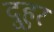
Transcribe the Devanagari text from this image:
दुहुर